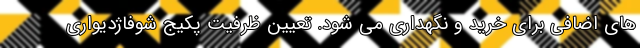
های اضافی برای خرید و نگهداری می شود. تعیین ظرفیت پکیج شوفاژدیواری